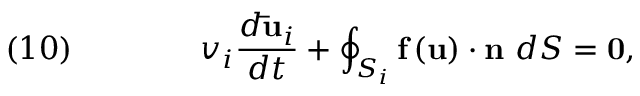
\quad ( 1 0 ) \qquad \qquad v _ { i } { \frac { d { \mathbf { \bar { u } } } _ { i } } { d t } } + \oint _ { S _ { i } } { \mathbf { f } } \left( { \mathbf { u } } \right) \cdot { \mathbf { n } } \ d S = { \mathbf { 0 } } ,